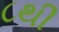
૮થી